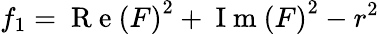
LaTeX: f_{1}=\mathrm{~R~e~}\left(F\right)^{2}+\mathrm{~I~m~}\left(F\right)^{2}-r^{2}